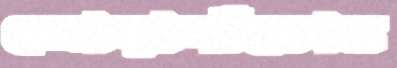
জোড়াসাঁকোর